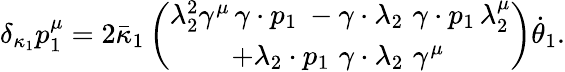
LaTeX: \delta_{\kappa_{1}}p_{1}^{\mu}=2\bar{\kappa}_{1}\left(\begin{array}{c}{{\lambda_{2}^{2}\gamma^{\mu}\, \gamma\cdot p_{1}\ -\gamma\cdot\lambda_{2}\, \, \gamma\cdot p_{1}\, \lambda_{2}^{\mu}}}\\ {{+\lambda_{2}\cdot p_{1}\, \, \gamma\cdot\lambda_{2}\, \, \gamma^{\mu}\, }}\end{array}\right)\dot{\theta}_{1}.